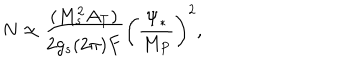
N \simeq \frac { ( M _ { s } ^ { 2 } A _ { T } ) } { 2 g _ { s } ( 2 \pi ) F } \left( \frac { \Psi _ { * } } { M _ { P } } \right) ^ { 2 } ,